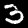
Digit: 3